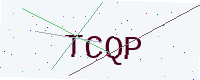
Text: TCQP